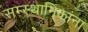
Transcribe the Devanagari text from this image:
सम्स्थानिकांना